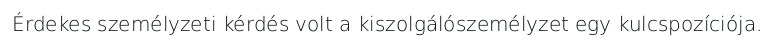
Érdekes személyzeti kérdés volt a kiszolgálószemélyzet egy kulcspozíciója.